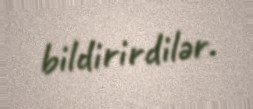
bildirirdilər.